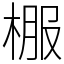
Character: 棴